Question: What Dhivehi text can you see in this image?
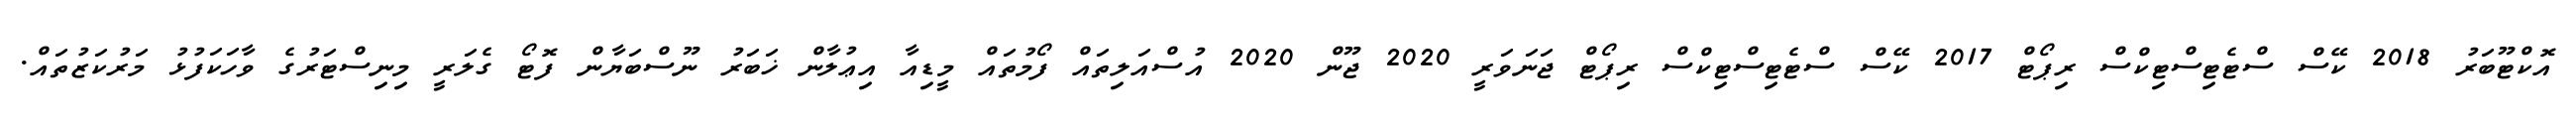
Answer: އޮކްޓޫބަރު 2018 ކޭސް ސްޓެޓިސްޓިކްސް ރިޕޯޓް 2017 ކޭސް ސްޓެޓިސްޓިކްސް ރިޕޯޓް ޖަނަވަރީ 2020 ޖޫން 2020 އުސްއަލިތައް ފޯމުތައް މީޑިއާ އިޢުލާން ޚަބަރު ނޫސްބަޔާން ފޮޓޯ ގެލަރީ މިނިސްޓަރުގެ ވާހަކަފުޅު މަރުކަޒުތައް.